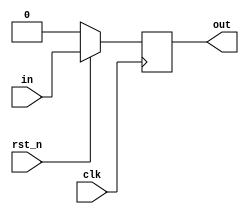

module delay #(parameter DELAY = 1, parameter WIDTH = 1) 
(
  output wire [(WIDTH-1):0] out,
  input wire [(WIDTH-1):0] in,
  input wire clk,
  input wire rst_n
);

  generate
    genvar i;
    
    for (i = 0; i < DELAY; i = i + 1) begin : register
      reg [(WIDTH-1):0] b;
      wire [(WIDTH-1):0] a;
      
      always @(posedge clk) begin
        if (!rst_n)
          register[i].b <= 0;
        else
          register[i].b <= register[i].a;
      end
      
      if (i > 0)
        assign register[i].a = register[i-1].b;
      else
        assign register[i].a = in;
    end
    
    assign out = register[DELAY-1].b;
    
  endgenerate

endmodule